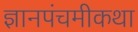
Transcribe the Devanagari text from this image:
ज्ञानपंचमीकथा